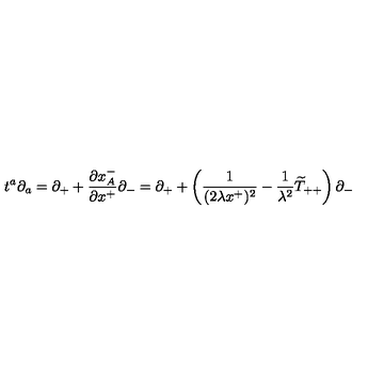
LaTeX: t ^ { a } \partial _ { a } = \partial _ { + } + \frac { \partial x _ { A } ^ { - } } { \partial x ^ { + } } \partial _ { - } = \partial _ { + } + \left( \frac { 1 } { ( 2 \lambda x ^ { + } ) ^ { 2 } } - { \frac { 1 } { \lambda ^ { 2 } } } \widetilde { T } _ { + + } \right) \partial _ { - }